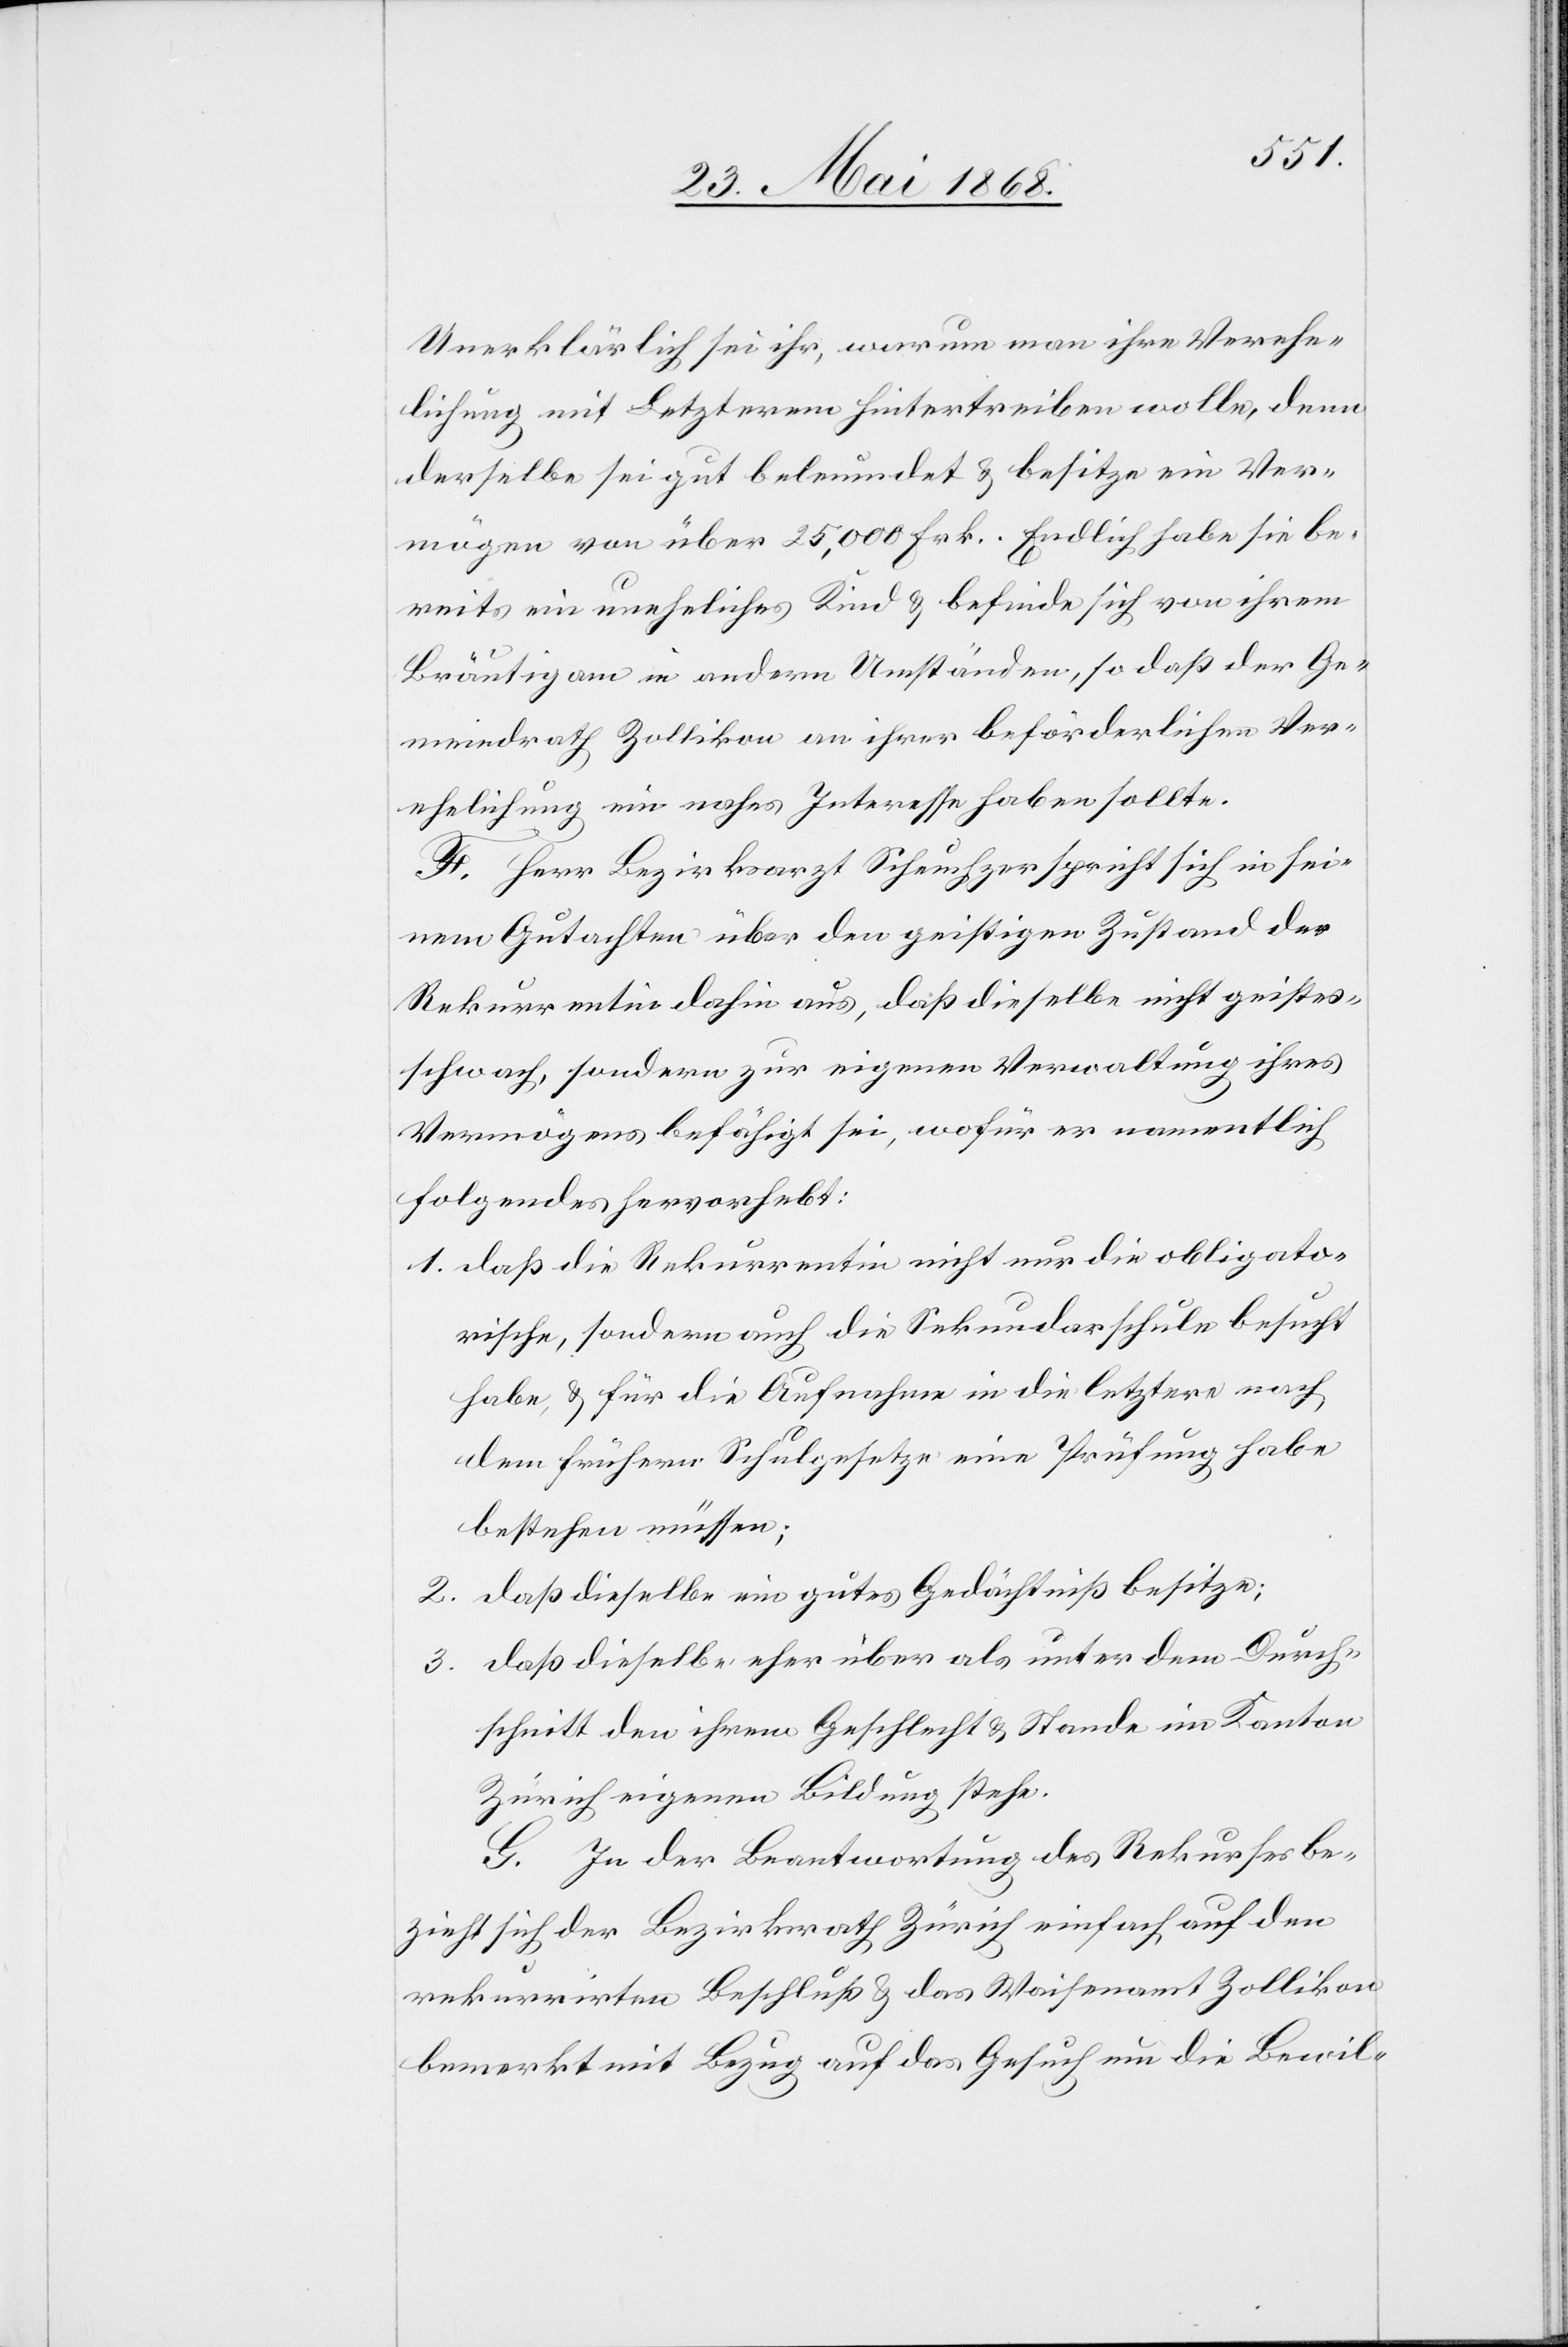
Unerklärlich sei ihr, warum man ihre Verehe¬
lichung mit Letzterem hintertreiben wolle, denn
derselbe sei gut beleumdet & besitze ein Ver¬
mögen von über 25,000 Frk. Endlich habe sie be¬
reits ein uneheliches Kind & befinde sich von ihrem
Bräutigam in andern Umständen, so daß der Ge¬
meindrath Zollikon an ihrer beförderlichen Ver¬
ehelichung ein nahes Interesse haben sollte.
F. Herr Bezirksarzt Scheuchzer spricht sich in sei¬
nem Gutachten über den geistigen Zustand der
Rekurrentin dahin aus, daß dieselbe nicht geistes¬
schwach, sondern zur eigenen Verwaltung ihres
Vermögens befähigt sei, wofür er namentlich
folgendes hervorhebt:
daß die Rekurrentin nicht nur die obligato¬
rische, sondern auch die Sekundarschule besucht
habe, & für die Aufnahme in die letztere nach
dem frühern Schulgesetze eine Prüfung habe
bestehen müssen;
daß dieselbe ein gutes Gedächtniß besitze;
daß dieselbe eher über als unter dem Durch¬
schnitt den ihrem Geschlecht & Stande im Kanton
Zürich eigenen Bildung stehe.
G. In der Beantwortung des Rekurses be¬
zieht sich der Bezirksrath Zürich einfach auf den
rekurrirten Beschluß & das Waisenamt Zollikon
bemerkt mit Bezug auf das Gesuch um die Bewil-